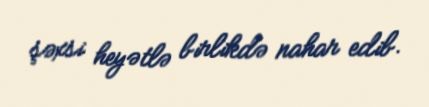
şəxsi heyətlə birlikdə nahar edib.